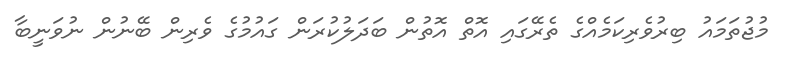
މުޖުތަމައު ބިރުވެރިކަމެއްގެ ތެރޭގައި އޮތް އޮތުން ބަދަލުކުރަން ގައުމުގެ ވެރިން ބޭނުން ނުވަނީބާ